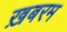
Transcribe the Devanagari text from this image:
ख़बरम